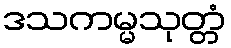
ဒသကမ္မသုတ္တံ